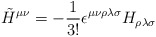
\begin{align*}{\tilde H}^{\mu\nu}=-\frac1{3!}\epsilon^{\mu\nu\rho\lambda\sigma}H_{\rho\lambda\sigma}\end{align*}